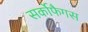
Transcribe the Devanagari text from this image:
सर्कोफैगस